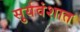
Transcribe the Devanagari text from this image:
सुर्यवंशात